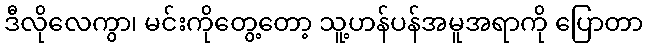
ဒီလိုလေကွာ၊ မင်းကိုတွေ့တော့ သူ့ဟန်ပန်အမူအရာကို ပြောတာ